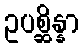
ဥပစ္ဆိန္နာ